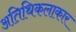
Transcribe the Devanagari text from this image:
अतिथिकलाकार